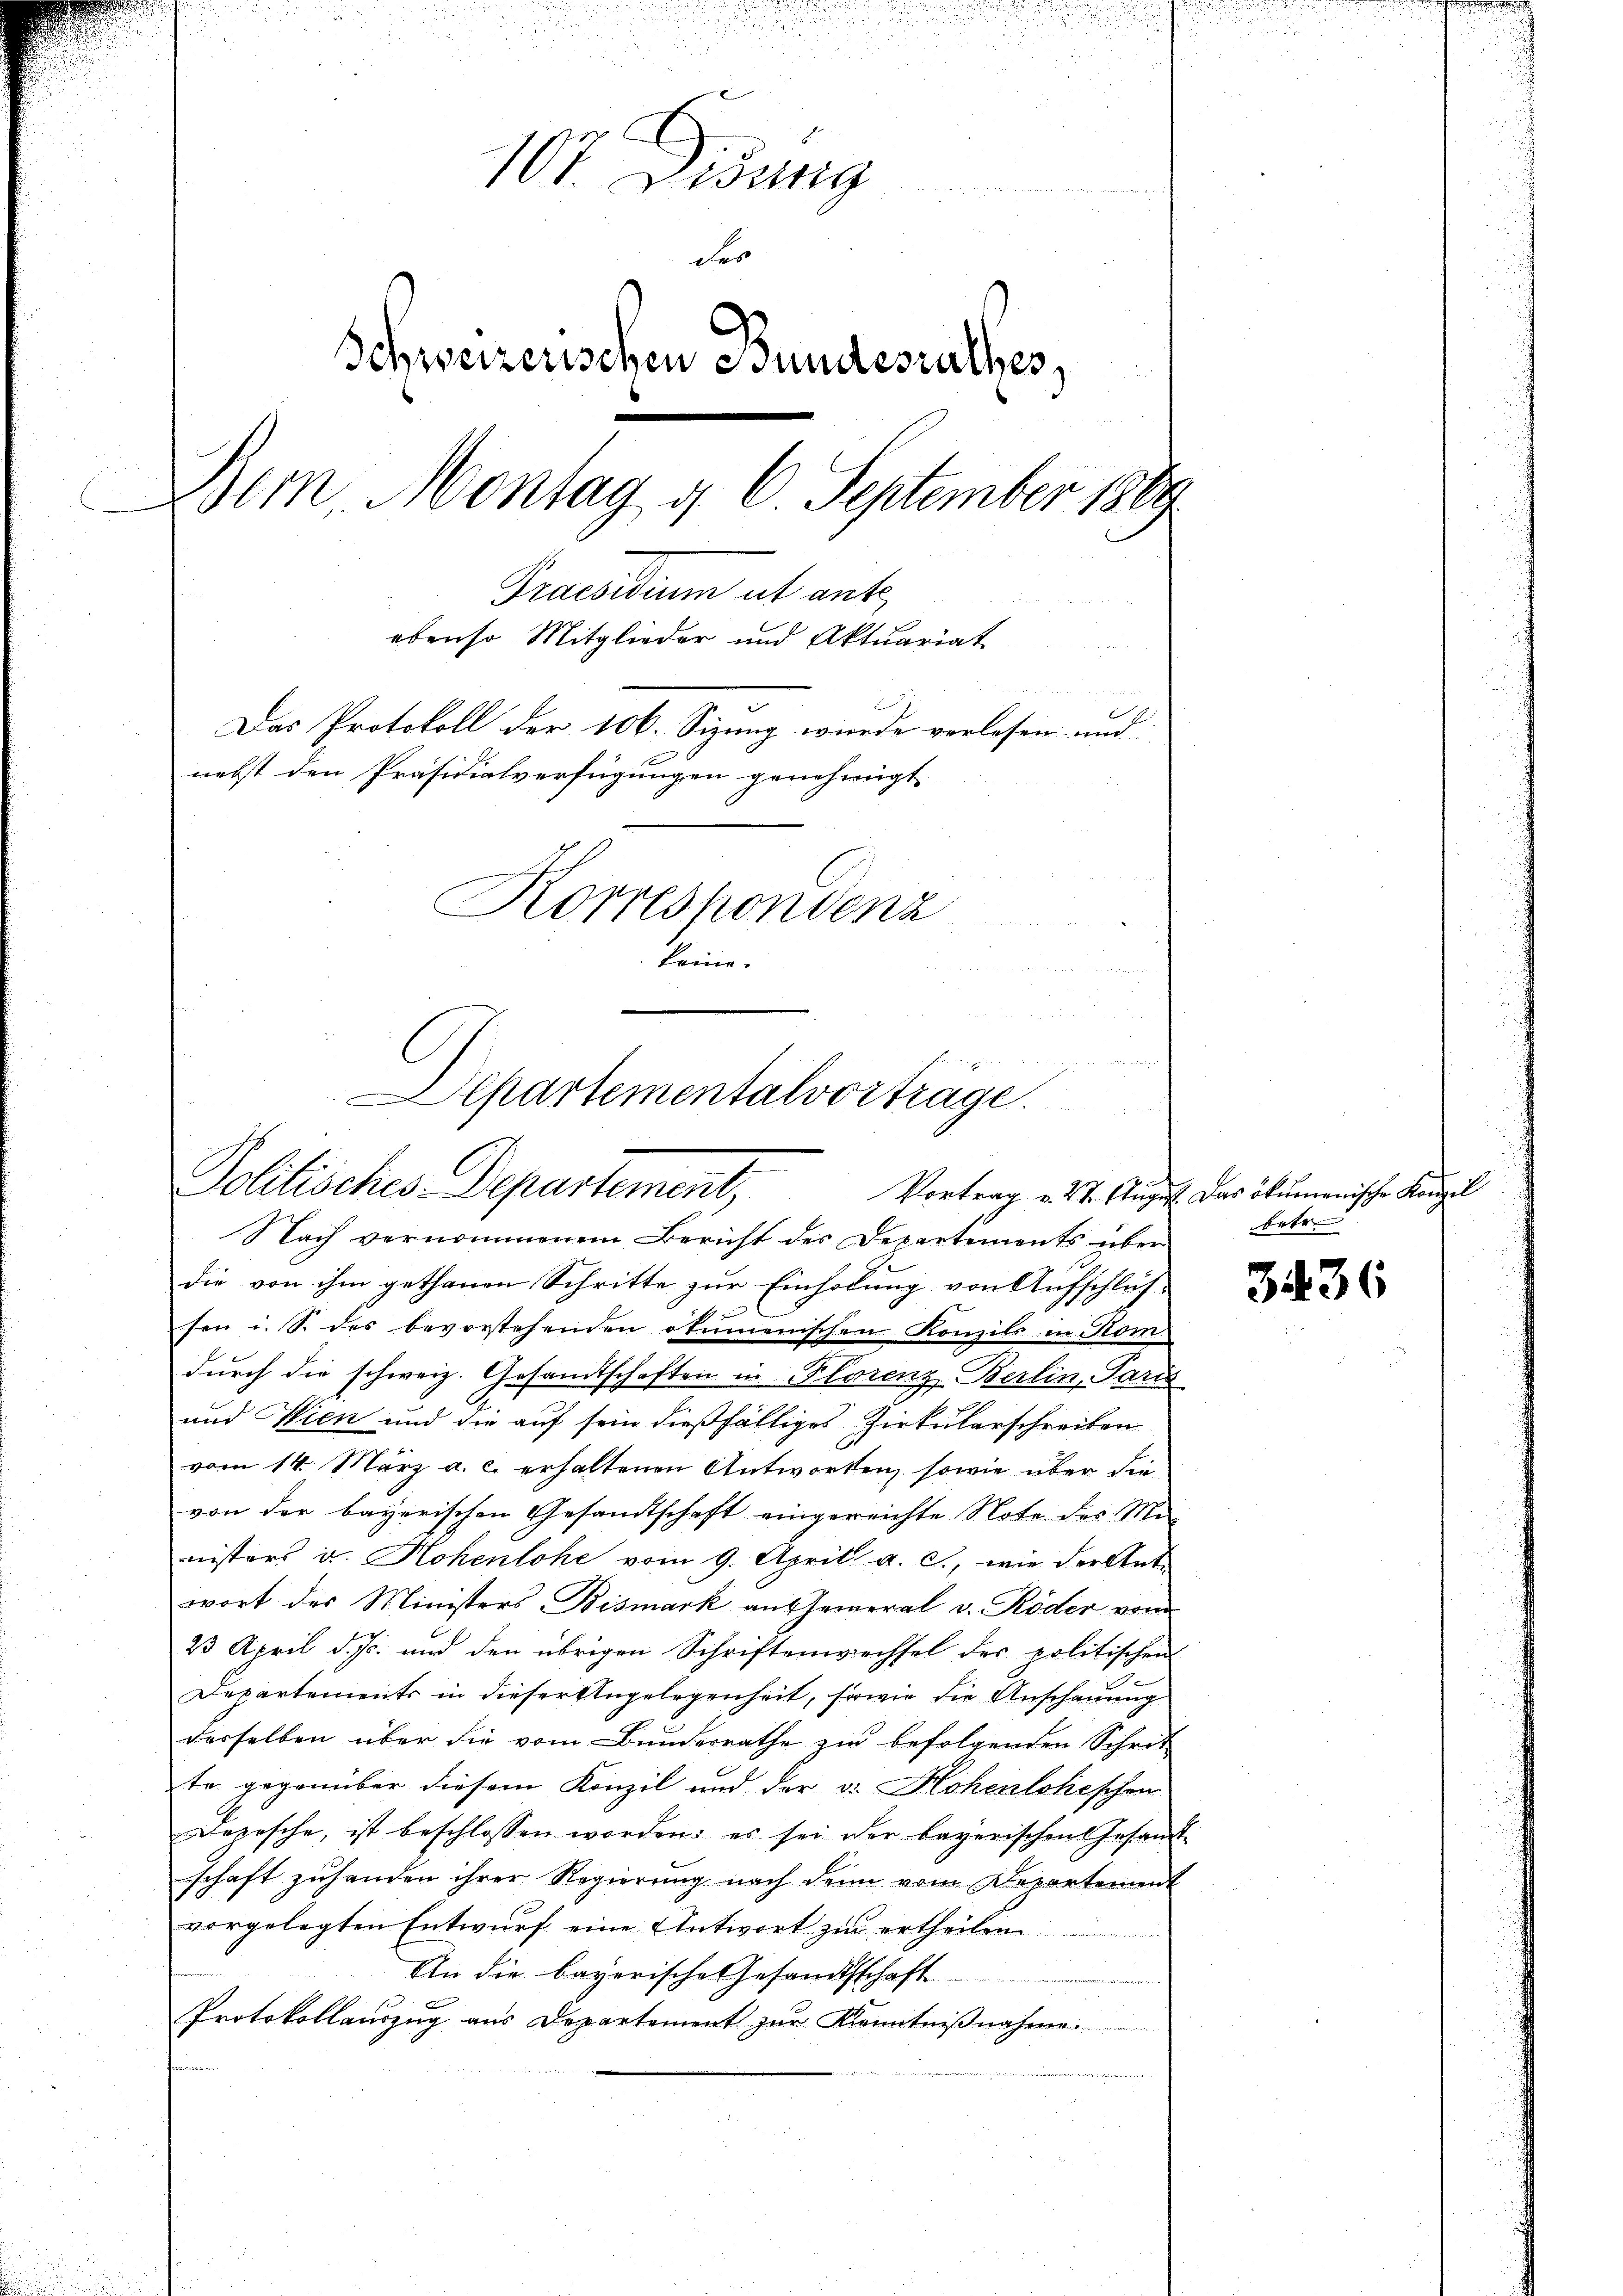
852
n
u
107. Diszig
der
Schweizerischen Bundesrathes,
em Montag d. 6. September 1889
Praesidium ut ant
ebenso Mitglieder und Aktuariat
u
n
2
Das Protokoll der 106. Sizung wurde verlesen und
nebst den Präsidialverfügungen genehmigt.
Korrespondenz
keine.
i

a
Departementalvorträge.
Politisches Departement,

Vortrag v. 27. August. Das ökumenische Konzil
Nach vernommenem Bericht des Departements über
die von ihm gethanen Schritte zur Einholung von Aufschlussen i. S. des bevorstehenden otunnenischen Konzils in Kom
durch die schweiz. Gesamtschaften in Klorenz-Berlin, Paris
und Wien und die auf sein dießfälliges Zirkularschreiben
vom 14. März a. c. erhaltenen Antworten, sowie über die
von der bayerischen Gesandtschaft eingereichte Note des Mi-
nistors u. Hohenlohe vom 9. April a. c., wie der Ant-
wort des Ministers Bismark an seineral v. Röder von
23 April d. Js. und den übrigen Schriftenwechsel des politischen
Departements in dieser Angelegenheit, sowie die Anschauung
derselben über die vom Bundesrathe zur befolgenden Schrit
te gegenüber diesem Konzil und der v. Hohenloheschen
Depesche, ist beschlossen worden; es sei der bayerischen Gesamt-
schaft zuhanden ihrer Regierung nach den vom Departement
vorgelegten Entwurf eine Antwort zu ertheilen
An die bayerische Gesandtschaft
Protokollauszug aus Departement zur Kenntnißnahme.

3436

betr.